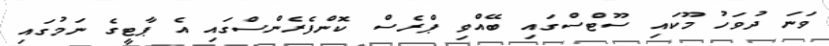
ވަނަ ދުވަހު މޫކައި ސޫޓްސްގައި ބޭއްވި ޕްރެސް ކޮންފެރެންސްގައި އެ ޕާޓީގެ ނަމުގައި